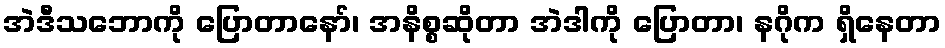
အဲဒီသဘောကို ပြောတာနော်၊ အနိစ္စဆိုတာ အဲဒါကို ပြောတာ၊ နဂိုက ရှိနေတာ